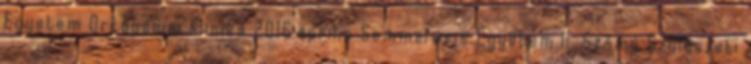
Egyetem Ortopédiai Klinika 2016.április Semmelweis Egyetem II. Számú Szülészeti